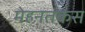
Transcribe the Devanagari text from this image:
मेहनतकस